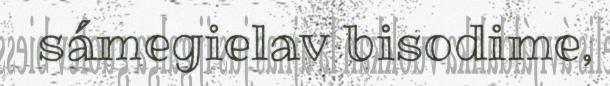
sámegielav bisodime,